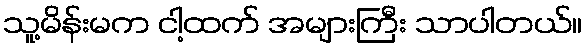
သူ့မိန်းမက ငါ့ထက် အများကြီး သာပါတယ်။